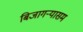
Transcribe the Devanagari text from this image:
बिजागऱ्यासम